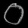
Digit: ၀